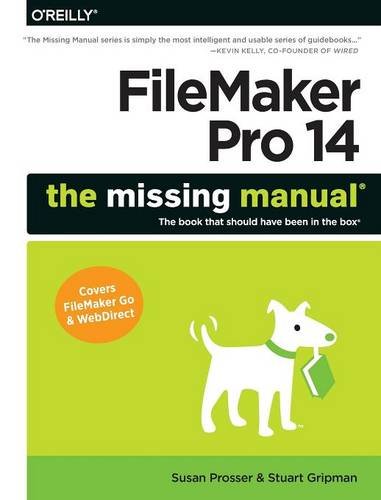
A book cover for FileMaker Pro 14: The Missing Manual; Susan Prosser; Computers & Technology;